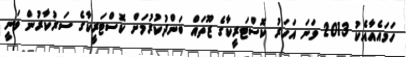
ހަމައެއާއެކު 2013 ވަނަ އަހަރު ކޮސްޓަރީކާގެ ޒޫތައް ބަންދުކުރުމަށް ކޮސްޓަރީކާގެ ސަރުކާރުން ވަނީ